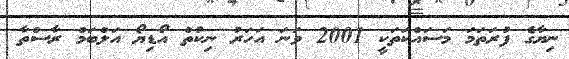
ނިޔާގެ ފުރަތަމަ މަސައްކަތަކީ 2001 ވަނަ އަހަރު ނިކުތް އޯޑިޔޯ އަލްބަމް ރާސްތާ